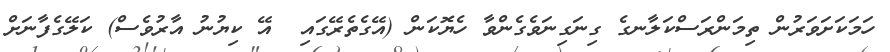
ހަމަކަށަވަރުން ތިމަންރަސްކަލާނގެ ގިނަގިނަވެގެންވާ ހެޔޮކަން (އޭގެތެރޭގައި  އޭ ކިޔުނު އާރުވެސް) ކަލޭގެފާނަށް